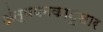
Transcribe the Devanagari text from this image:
अंत्ययमकानुसार